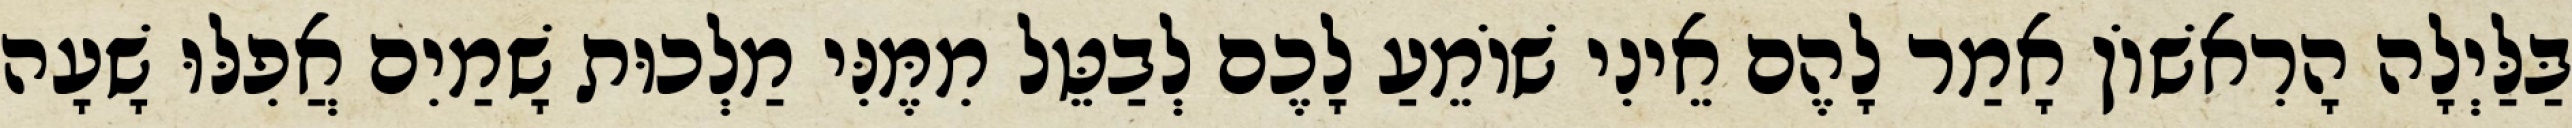
בַּלַּיְלָה הָרִאשׁוֹן אָמַר לָהֶם אֵינִי שׁוֹמֵעַ לָכֶם לְבַטֵּל מִמֶּנִּי מַלְכוּת שָׁמַיִם אֲפִלּוּ שָׁעָה